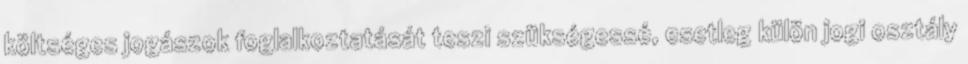
költséges jogászok foglalkoztatását teszi szükségessé, esetleg külön jogi osztály